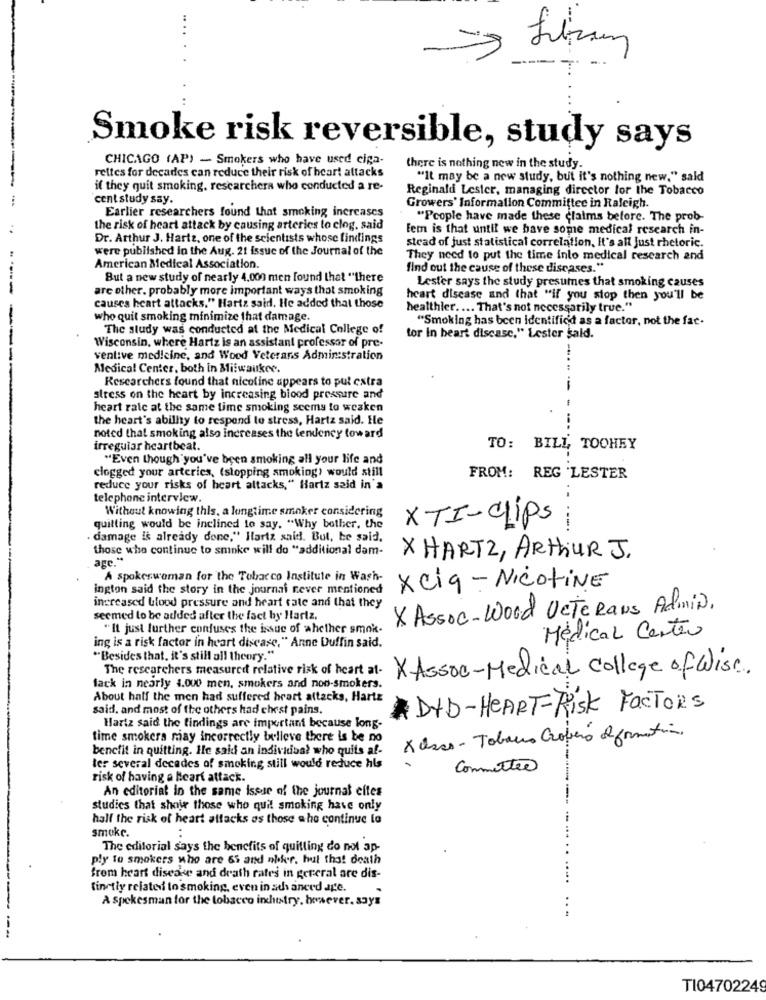
.. .
Smoke risk reversible, study says
CHICAGO (AP) - Smokers who have used ciga-
rettes for decades can reduce their risk of heart attacks
there is nothing new in the study.
"It may be a new study, but it's nothing new," said
if they quit smoking, rescarchera who conducted a re-
Reginald Lester, managing director for the Tobacco
cent study say.
Earlier researchers found that smoking increases
Growers' Information Committee in Raleigh.
"People have made these claims before. The prob-
the risk of heart attack by causing arteries to clog, said
Fem is that until we have some medical research in-
Dr. Arthur J. Harte, one of the scientists whose findings
were published in the Aug. 21 issue of the Journal of the
stead of just statistical correlation, It's all Just rhetoric.
They need to put the time into medical research and
American Medical Association.
find out the cause of these diseases."
But a new study of nearly 4.000 men found that "there
Lester says the study presumes that smoking causes
are other. probably more important ways that smoking
heart disease and that "if you stop then you'll be
causes heart attacks." Hartz said. He added that those
healthier .... That's not necessarily true."
who quit smoking minimize that damage.
"Smoking has been identified as a factor, not the fat-
The study was conducted at the Medical College of
tor In beart discasc." Lester sald.
Wisconsin, where Hartz is an assistant professor of pre-
ventive medicine, and Wood Veterans Administration
Medical Center, both in Milwaukee.
Researchers found that nicoline appears to put extra
stress on the heart by increasing blood pressure and
heart rate at the same time smoking seems to weaken
the heart's ability to respond to stress, Hartz said. He
noted that smoking also increases the tendency toward
irregular heartbeat.
TO: BILL TOOHEY
"Even though you've been smoking all your life and
clogged your arteries, (stopping smoking) would still
FROM: REG 'LESTER
reduce your risks of heart attacks," Hariz said in'a
telephone interview.
Without knowing this, a longtime smaker considering
quitting would be inclined to say. "Why bother, the
XTI-clips
.- ---.
. damage is already done," Hartz said. But, be said.
those who continue to sminke will do "additional dam-
age."
X HARTZ, ARTHUR J.
A spokeswoman for the Tobacco Institute in Wash-
ington said the story in the journal never mentioned
Xciq- Nicotine
increased blood pressure and heart rate and that they
X Assoc-Wood UcTe Raus Admin.
seemed to be added after the fact by Hartz.
"It just further confuses the issue of whether smok.
ing is a risk factor in heart disease, " Anne Duffin said.
Medical Center
"Besides that. it's still all theory."
The researchers measured relative risk of heart at-
XAssoc-Medical college of Wisc.
tack in nearly 4.000 men, smokers and non-smokers.
About half the men had suffered heart attacks, Hartz
said, and most of the others had chest pains.
ADVD-HEART-RISK FACTORS
Hartz said the findings are important because long
time smokers may incorrectly believe there is be no
X Osas - Tabaco Croféro de formation.
benefit in quitting. He said an individual who quits af-
ter several decades of smoking still would reduce hls
Committee
risk of having a Heart attack.
An editorial in the same issue of the journal elfes
studies that show those who quit smoking have only
half the risk of heart attacks as those ahe continue to
smoke.
:
The editorial says the benefits of quitting do not ap-
ply to smokers who are 65 and niker. hul tha! death
from heart disease and death rates in gereral are dis-
tinctly related to smoking, even in ad aneed age.
A spokesman for the tobacco industry, however. says
...
T104702249